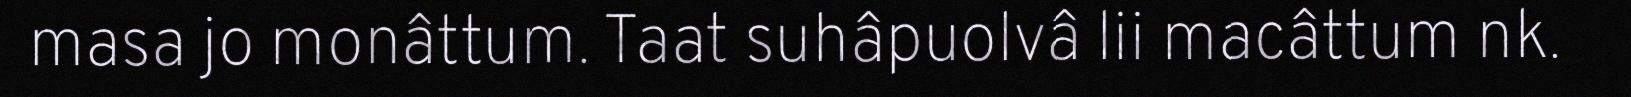
masa jo monâttum. Taat suhâpuolvâ lii macâttum nk.